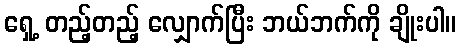
ရှေ့ တည့်တည့် လျှောက်ပြီး ဘယ်ဘက်ကို ချိုးပါ။